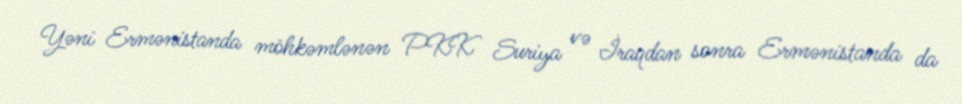
Yəni Ermənistanda möhkəmlənən PKK Suriya və İraqdan sonra Ermənistanda da